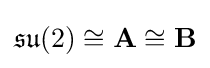
{\mathfrak {su}}(2)\cong \mathbf {A} \cong \mathbf {B}